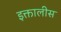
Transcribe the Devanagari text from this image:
इक्तालीस